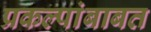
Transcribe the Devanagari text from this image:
प्रकल्पांबाबत